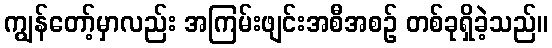
ကျွန်တော့်မှာလည်း အကြမ်းဖျင်းအစီအစဉ် တစ်ခုရှိခဲ့သည်။